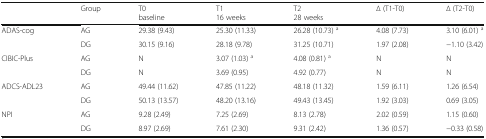
|  | Group | T0baseline | T116 weeks | T228 weeks | ∆ (T1-T0) | ∆ (T2-T0) |
 | --- | --- | --- | --- | --- | --- | --- |
 | <ROWSPAN=2> ADAS-cog | AG | 29.38 (9.43) | 25.30 (11.33) | 26.28 (10.73) a | 4.08 (7.73) | 3.10 (6.01) a |
 | DG | 30.15 (9.16) | 28.18 (9.78) | 31.25 (10.71) | 1.97 (2.08) | −1.10 (3.42) |
 | <ROWSPAN=2> CIBIC-Plus | AG | N | 3.07 (1.03) a | 4.08 (0.81) a | N | N |
 | DG | N | 3.69 (0.95) | 4.92 (0.77) | N | N |
 | <ROWSPAN=2> ADCS-ADL23 | AG | 49.44 (11.62) | 47.85 (11.22) | 48.18 (11.32) | 1.59 (6.11) | 1.26 (6.54) |
 | DG | 50.13 (13.57) | 48.20 (13.16) | 49.43 (13.45) | 1.92 (3.03) | 0.69 (3.05) |
 | <ROWSPAN=2> NPI | AG | 9.28 (2.49) | 7.25 (2.69) | 8.13 (2.78) | 2.02 (0.59) | 1.15 (0.60) |
 | DG | 8.97 (2.69) | 7.61 (2.30) | 9.31 (2.42) | 1.36 (0.57) | −0.33 (0.58) |